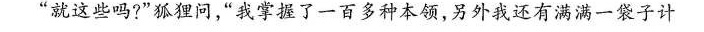
”就这些吗?”狐狸问，”我掌握了一百多种本领，另外我还有满满一袋子计